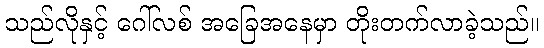
သည်လိုနှင့် ဂေါ်လစ် အခြေအနေမှာ တိုးတက်လာခဲ့သည်။